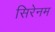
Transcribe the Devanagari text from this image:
सिरेनम